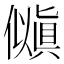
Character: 𫣵